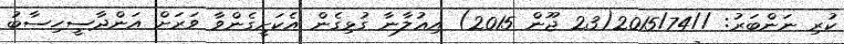
ކުރި ނަންބަރު: //2015/74(23 ޖޫން 2015) އިޢުލާނާ ގުޅިގެން އެކަށީގެންވާ ވަރަށް އަންދާސީހިސާބު